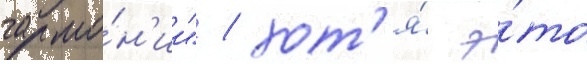
гармо́н'ии" / хот'я́ э́то